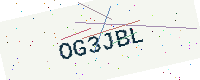
Text: OG3JBL